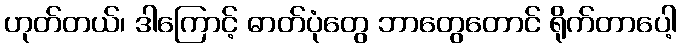
ဟုတ်တယ်၊ ဒါကြောင့် ဓာတ်ပုံတွေ ဘာတွေတောင် ရိုက်တာပေါ့